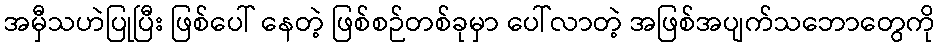
အမှီသဟဲပြုပြီး ဖြစ်ပေါ် နေတဲ့ ဖြစ်စဉ်တစ်ခုမှာ ပေါ်လာတဲ့ အဖြစ်အပျက်သဘောတွေကို